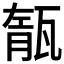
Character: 𤭨